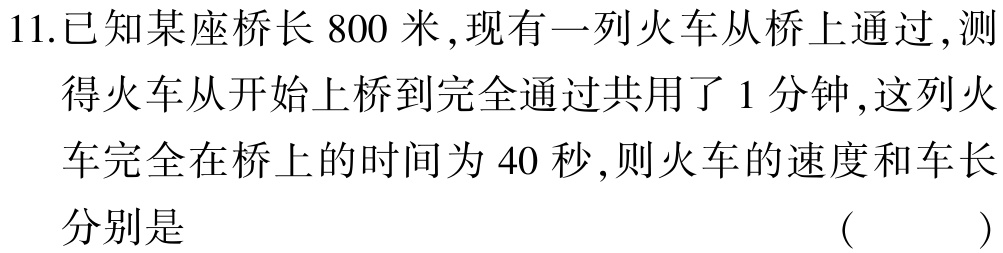
11.已知某座桥长$800$米,现有一列火车从桥上通过,测得火车从开始上桥到完全通过共用了$1$分钟,这列火车完全在桥上的时间为$40$秒,则火车的速度和车长分别是 （  ）